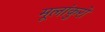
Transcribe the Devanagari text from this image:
मूलांकुरो